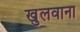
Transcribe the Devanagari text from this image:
खुलवाना